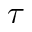
\tau